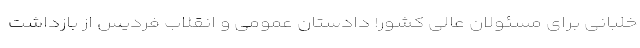
خلبانی برای مسئولان عالی کشور! دادستان عمومی و انقلاب فردیس از بازداشت